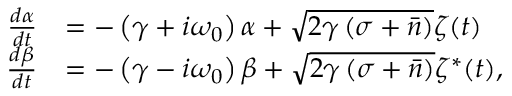
\begin{array} { r l } { \frac { d \alpha } { d t } } & { = - \left( \gamma + i \omega _ { 0 } \right) \alpha + \sqrt { 2 \gamma \left( \sigma + \bar { n } \right) } \zeta ( t ) } \\ { \frac { d \beta } { d t } } & { = - \left( \gamma - i \omega _ { 0 } \right) \beta + \sqrt { 2 \gamma \left( \sigma + \bar { n } \right) } \zeta ^ { * } ( t ) , } \end{array}